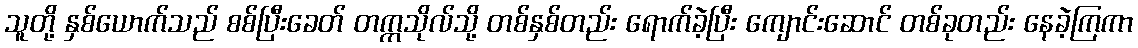
သူတို့ နှစ်ယောက်သည် စစ်ပြီးခေတ် တက္ကသိုလ်သို့ တစ်နှစ်တည်း ရောက်ခဲ့ပြီး ကျောင်းဆောင် တစ်ခုတည်း နေခဲ့ကြကာ